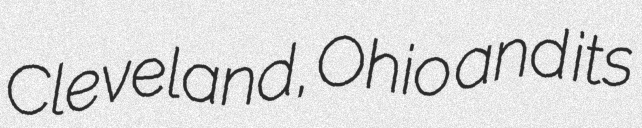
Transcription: Cleveland, Ohio and its